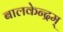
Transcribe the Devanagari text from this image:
बालकेन्द्रम्